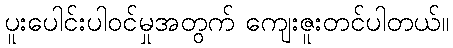
ပူးပေါင်းပါဝင်မှုအတွက် ကျေးဇူးတင်ပါတယ်။